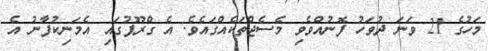
މަހުގެ 21 ވަނަ ދުވަހު ފޮނުއްވެވި މެސެޖްތަކެއްގައެވެ. އެ ގްރޫޕުގައި އެމަނިކުފާނު އެ